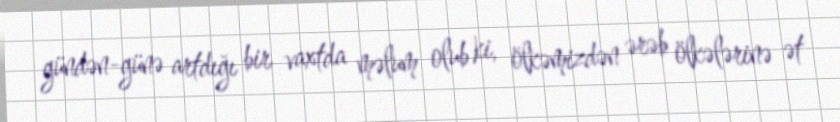
gündən-günə artdığı bir vaxtda məlum olub ki, ölkəmizdən ərəb ölkələrinə ət